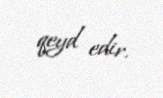
qeyd edir.